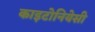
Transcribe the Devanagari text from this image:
काइटोनियेसी